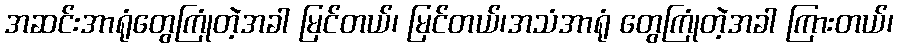
အဆင်းအာရုံတွေကြုံတဲ့အခါ မြင်တယ်၊ မြင်တယ်၊အသံအာရုံ တွေကြုံတဲ့အခါ ကြားတယ်၊